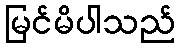
မြင်မိပါသည်